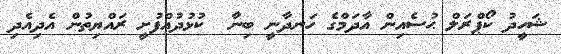
ޝަހީދު ކޯޕްރަލް ޙުސެއިން އާދަމްގެ ހަނދާނީ ބިނާ  ކުޅުދުއްފުށީ ރައްޔިތުން އެދިއެދި